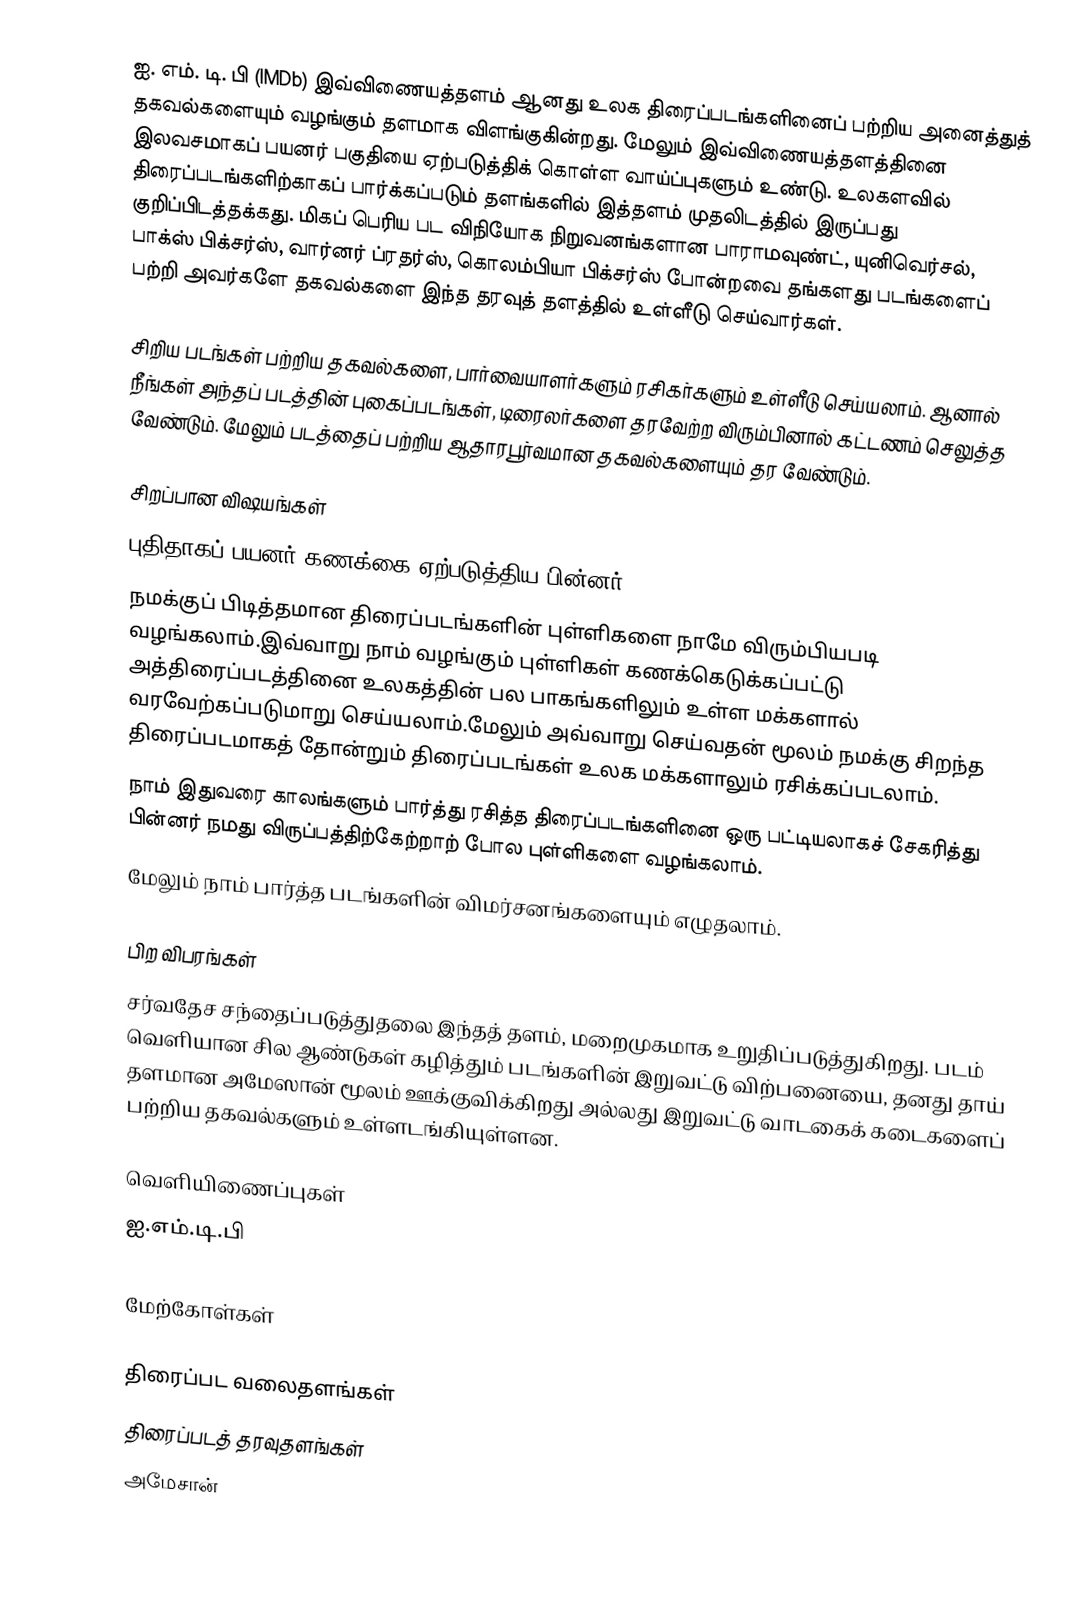
ஐ. எம். டி. பி (IMDb) இவ்விணையத்தளம் ஆனது உலக திரைப்படங்களினைப் பற்றிய அனைத்துத் தகவல்களையும் வழங்கும் தளமாக விளங்குகின்றது. மேலும் இவ்விணையத்தளத்தினை இலவசமாகப் பயனர் பகுதியை ஏற்படுத்திக் கொள்ள வாய்ப்புகளும் உண்டு. உலகளவில் திரைப்படங்களிற்காகப் பார்க்கப்படும் தளங்களில் இத்தளம் முதலிடத்தில் இருப்பது குறிப்பிடத்தக்கது. மிகப் பெரிய பட விநியோக நிறுவனங்களான பாராமவுண்ட், யுனிவெர்சல், பாக்ஸ் பிக்சர்ஸ், வார்னர் ப்ரதர்ஸ், கொலம்பியா பிக்சர்ஸ் போன்றவை தங்களது படங்களைப் பற்றி அவர்களே தகவல்களை இந்த தரவுத் தளத்தில் உள்ளீடு செய்வார்கள்.

சிறிய படங்கள் பற்றிய தகவல்களை, பார்வையாளர்களும் ரசிகர்களும் உள்ளீடு செய்யலாம். ஆனால் நீங்கள் அந்தப் படத்தின் புகைப்படங்கள், டிரைலர்களை தரவேற்ற விரும்பினால் கட்டணம் செலுத்த வேண்டும். மேலும் படத்தைப் பற்றிய ஆதாரபூர்வமான தகவல்களையும் தர வேண்டும்.

சிறப்பான விஷயங்கள்
புதிதாகப் பயனர் கணக்கை ஏற்படுத்திய பின்னர்:
 நமக்குப் பிடித்தமான திரைப்படங்களின் புள்ளிகளை நாமே விரும்பியபடி வழங்கலாம்.இவ்வாறு நாம் வழங்கும் புள்ளிகள் கணக்கெடுக்கப்பட்டு அத்திரைப்படத்தினை உலகத்தின் பல பாகங்களிலும் உள்ள மக்களால் வரவேற்கப்படுமாறு செய்யலாம்.மேலும் அவ்வாறு செய்வதன் மூலம் நமக்கு சிறந்த திரைப்படமாகத் தோன்றும் திரைப்படங்கள் உலக மக்களாலும் ரசிக்கப்படலாம்.
 நாம் இதுவரை காலங்களும் பார்த்து ரசித்த திரைப்படங்களினை ஒரு பட்டியலாகச் சேகரித்து பின்னர் நமது விருப்பத்திற்கேற்றாற் போல புள்ளிகளை வழங்கலாம்.
 மேலும் நாம் பார்த்த படங்களின் விமர்சனங்களையும் எழுதலாம்.

பிற விபரங்கள்
சர்வதேச சந்தைப்படுத்துதலை இந்தத் தளம், மறைமுகமாக உறுதிப்படுத்துகிறது. படம் வெளியான சில ஆண்டுகள் கழித்தும் படங்களின் இறுவட்டு விற்பனையை, தனது தாய் தளமான அமேஸான் மூலம் ஊக்குவிக்கிறது அல்லது இறுவட்டு வாடகைக் கடைகளைப் பற்றிய தகவல்களும் உள்ளடங்கியுள்ளன.

வெளியிணைப்புகள்
ஐ.எம்.டி.பி

மேற்கோள்கள்

திரைப்பட வலைதளங்கள்
திரைப்படத் தரவுதளங்கள்
அமேசான்